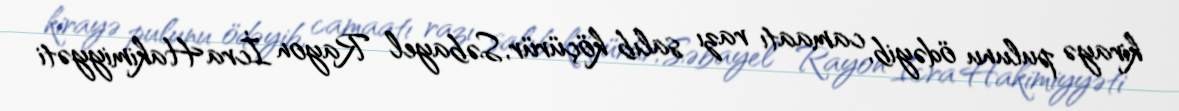
kirayə pulunu ödəyib, camaatı razı salıb köçürür, Səbayel Rayon İcra Hakimiyyəti